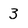
Character: 3